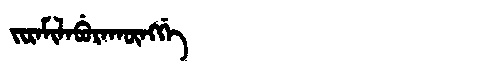
Manchu: ᠵᡳᡵᠠᠮᡳᠯᠠᠪᡠᡵᠠᡴᡡᠩᡤᡝ
Romanization: JIRAMILABURAKŪNGGE